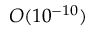
O ( 1 0 ^ { - 1 0 } )